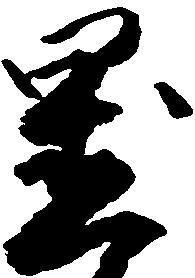
置